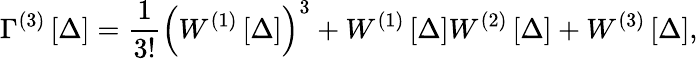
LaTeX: \Gamma^{\left(3\right)}\left[\Delta\right]=\frac{1}{3!}\left(W^{\left(1\right)}\left[\Delta\right]\right)^{3}+W^{\left(1\right)}\left[\Delta\right]W^{\left(2\right)}\left[\Delta\right]+W^{\left(3\right)}\left[\Delta\right],